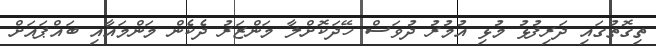
ތިގޮތުގައި ދަރިފުޅު މުޅި އުމުރު ދުވަސް ހޭދަކޮށްލާ މަންޒަރު ދެކެން މަންމައާއި ބައްޕައަށް